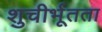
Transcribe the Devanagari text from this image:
शुचीर्भूतता